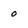
Character: 0